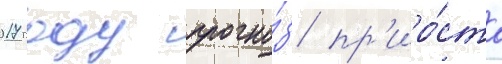
2017 году прогно́з пр'иро́ста